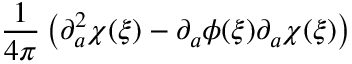
\frac { 1 } { 4 \pi } \left( \partial _ { a } ^ { 2 } \chi ( \xi ) - \partial _ { a } \phi ( \xi ) \partial _ { a } \chi ( \xi ) \right)